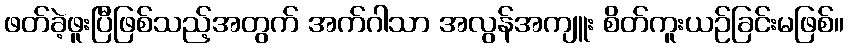
ဖတ်ခဲ့ဖူးပြီဖြစ်သည့်အတွက် အက်ဂါသာ အလွန်အကျူး စိတ်ကူးယဉ်ခြင်းမဖြစ်။